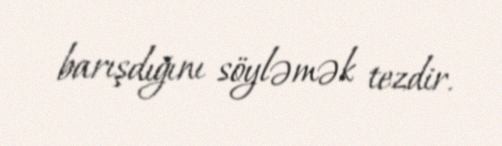
barışdığını söyləmək tezdir.